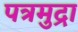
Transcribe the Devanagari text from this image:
पत्रमुद्रा